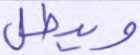
ويبطل